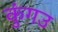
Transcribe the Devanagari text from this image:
कुंगउ